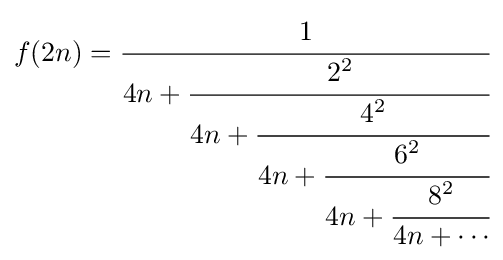
f(2n)={\cfrac {1}{4n+{\cfrac {2^{2}}{4n+{\cfrac {4^{2}}{4n+{\cfrac {6^{2}}{4n+{\cfrac {8^{2}}{4n+\cdots }}}}}}}}}}